Resolution. No. 1369 Ex.
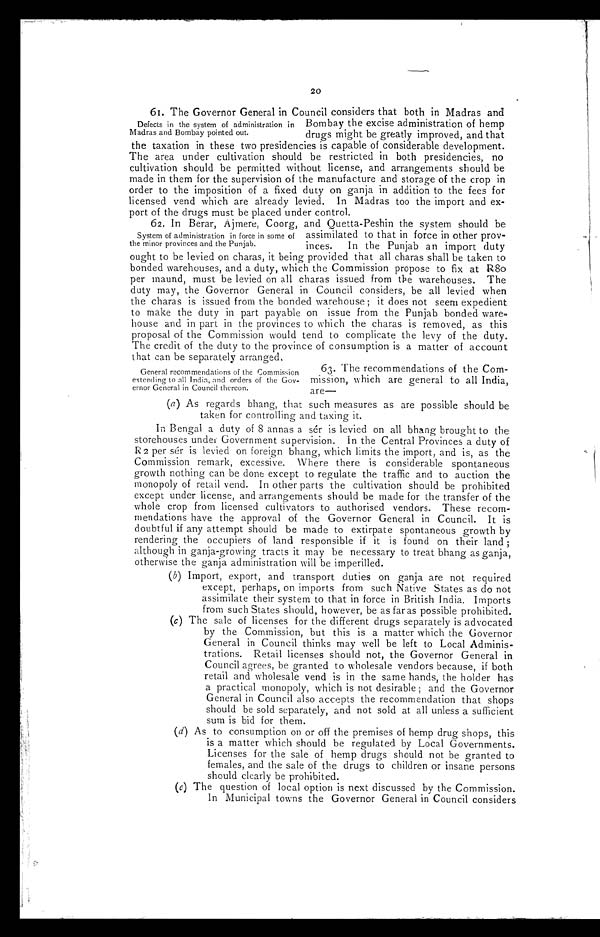
20
61. The Governor General in Council considers that both in Madras and
Defects in the system of administration in Bombay the excise administration of hemp
Madras and Bombay pointed out.
drugs might be greatly improved, and that
the taxation in these two presidencies is capable of considerable development.
The area under cultivation should be restricted in both presidencies, no
cultivation should be permitted without license, and arrangements should be
made in them for the supervision of the manufacture and storage of the crop in
order to the imposition of a fixed duty on ganja in addition to the fees for
licensed vend which are already levied. In Madras too the import and ex-
port of the drugs must be placed under control.
62. In Berar, Ajmere, Coorg, and Quetta-Peshin the system should be
System of administration in force in some of assimilated to that in force in other prov-
the minor provinces and the Punjab.
inces.
In the Punjab an import duty
ought to be levied on charas, it being provided that all charas shall be taken to
bonded warehouses, and a duty, which the Commission propose to fix at R80
per maund, must be levied on all charas issued from the warehouses. The
duty may, the Governor General in Council considers, be all levied when
the charas is issued from the bonded warehouse; it does not seem expedient
to make the duty in part payable on issue from the Punjab bonded ware-
house and in part in the provinces to which the charas is removed, as this
proposal of the Commission would tend to complicate the levy of the duty.
The credit of the duty to the province of consumption is a matter of account
that can be separately arranged.
General recommendations of the Commission
63
. The recommendations of the Com
extending to all India, and orders of the Gov- mission, which are general to all India,
ernor General in Council thereon.
are
—
(a) As regards bhang, that such measures as are possible should be
taken for controlling and taxing it.
In Bengal a duty of 8 annas a sér is levied on all bhang brought to the
storehouses under Government supervision. In the Central Provinces a duty of
R2 per sér is levied on foreign bhang, which limits the import, and is, as the
Commission remark, excessive. Where there is considerable spontaneous
growth nothing can be done except to regulate the traffic and to auction the
monopoly of retail vend. In other parts the cultivation should be prohibited
except under license, and arrangements should be made for the transfer of the
whole crop from licensed cultivators to authorised vendors. These recom-
mendations have the approval of the Governor General in Council. It is
doubtful if any attempt should be made to extirpate spontaneous growth by
rendering the occupiers of land responsible if it is found on their land;
although in ganja-growing tracts it may be necessary to treat bhang as ganja,
otherwise the ganja administration will be imperilled.
(b) Import, export, and transport duties on ganja are not required
except, perhaps, on imports from such Native States as do not
assimilate their system to that in force in British India. Imports
from such States should, however, be as far as possible prohibited.
(c) The sale of licenses for the different drugs separately is advocated
by the Commission, but this is a matter which the Governor
General in Council thinks may well be left to Local Adminis-
trations. Retail licenses should not, the Governor General in
Council agrees, be granted to wholesale vendors because, if both
retail and wholesale vend is in the same hands, the holder has
a practical monopoly, which is not desirable; and the Governor
General in Council also accepts the recommendation that shops
should be sold separately, and not sold at all unless a sufficient
sum is bid for them.
(d)
( d ) A s t o c o n s u m p t i o n o n o r o f f t h e p r e m i s e s o f h e m p d r u g s h o p s , t h i s
is a matter which should be regulated by Local Governments.
Licenses for the sale of hemp drugs should not be granted to
females, and the sale of the drugs to children or insane persons
should clearly be prohibited.
(c) The question of local option is next discussed by the Commission.
In Municipal towns the Governor General in Council considers